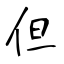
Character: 但